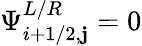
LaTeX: \Psi_{i+1/2,\mathbf{j}}^{L/R}=0